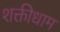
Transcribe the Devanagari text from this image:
शक्तीधाम